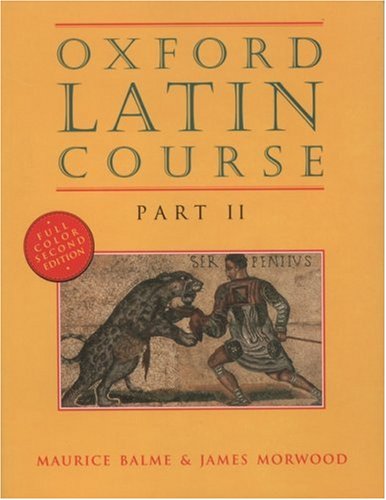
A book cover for Oxford Latin Course, Part II, Second Edition; Maurice Balme; Christian Books & Bibles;